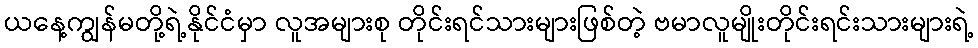
ယနေ့ကျွန်မတို့ရဲ့နိုင်ငံမှာ လူအများစု တိုင်းရင်သားများဖြစ်တဲ့ ဗမာလူမျိုးတိုင်းရင်းသားများရဲ့